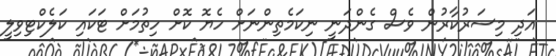
އަދި މިސަރުކާރުން ވެސް ގެންދަނީ ނިކަމެތިންނަށް ހެޔޮ ކޮށް ހިތުމަށް ޓަކައި ކަލެކްޓިވިލީ